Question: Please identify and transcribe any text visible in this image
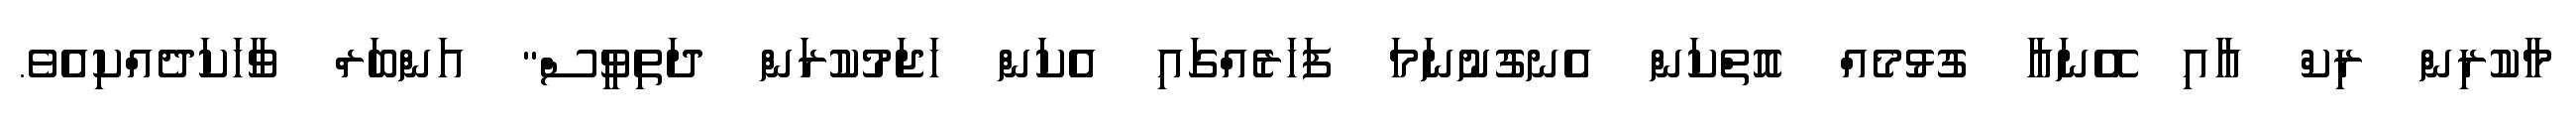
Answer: މާކުރިން ރިކް އާއި އޭނައާ ގުޅުމެއް އޮތްކަން އެނގުނުނަމަ ފަހަރެއްގައި އެކަން ހަޖަމުކުރަން ދަތިވީސް" އަންބަރް ވާހަކަދެއްކިއެވެ.